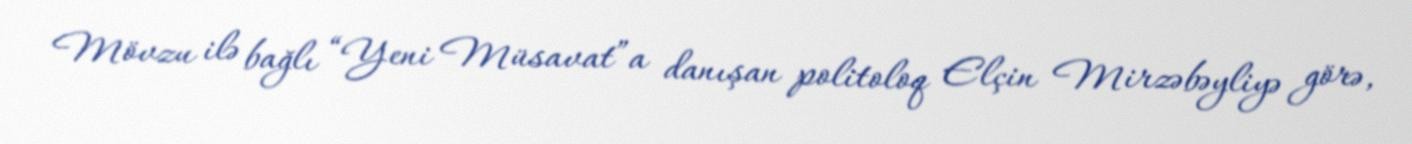
Mövzu ilə bağlı “Yeni Müsavat”a danışan politoloq Elçin Mirzəbəyliyə görə,